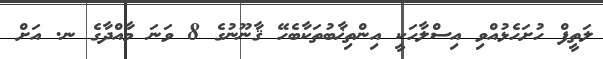
ލަތީފް ހުށަހެޅުއްވި އިސްލާހަކީ އިންތިޚާބުތަކާބެހޭ ޤާނޫނުގެ 8 ވަނަ މާއްދާގެ ނ. އަށް